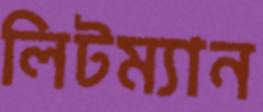
লিটম্যান